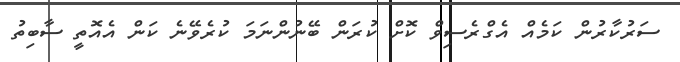
ސަރުކާރުން ކަމެއް އެގްރެސިވް ކޮށް ކުރަން ބޭނުންނަމަ ކުރެވޭނެ ކަން އެއޮތީ ސާބިތު